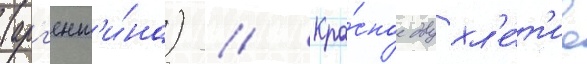
(арг'ент'и́на) // Кра́сное двухл'е́т'ие